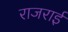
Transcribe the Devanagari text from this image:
राजराई